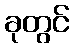
ခုတွင်